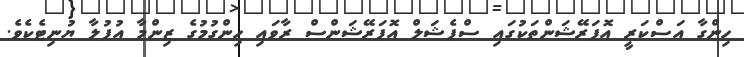
ހިންގާ އަސްކަރީ އޮޕަރޭޝަންތަކުގައި ސްޕެޝަލް އޮޕަރޭޝަންސް ރާވައި ހިންގުމުގެ ޒިންމާ އުފުލާ ޔުނިޓެކެވެ.